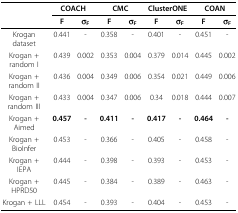
|  | <COLSPAN=2> COACH | <COLSPAN=2> CMC | <COLSPAN=2> ClusterONE | <COLSPAN=2> COAN |
 |  | F | σF | F | σF | F | σF | F | σF |
 | --- | --- | --- | --- | --- | --- | --- | --- | --- |
 | Krogan dataset | 0.441 | - | 0.358 | - | 0.401 | - | 0.451 | - |
 | Krogan + random I | 0.439 | 0.002 | 0.353 | 0.004 | 0.379 | 0.014 | 0.445 | 0.002 |
 | Krogan + random II | 0.436 | 0.004 | 0.349 | 0.006 | 0.354 | 0.021 | 0.449 | 0.006 |
 | Krogan + random III | 0.433 | 0.004 | 0.347 | 0.006 | 0.34 | 0.018 | 0.444 | 0.007 |
 | Krogan + Aimed | 0.457 | - | 0.411 | - | 0.417 | - | 0.464 | - |
 | Krogan + BioInfer | 0.453 | - | 0.366 | - | 0.405 | - | 0.458 | - |
 | Krogan + IEPA | 0.444 | - | 0.398 | - | 0.393 | - | 0.453 | - |
 | Krogan + HPRD50 | 0.445 | - | 0.384 | - | 0.389 | - | 0.463 | - |
 | Krogan + LLL | 0.454 | - | 0.393 | - | 0.404 | - | 0.453 | - |